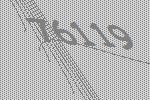
76119